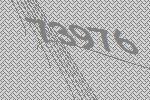
73976